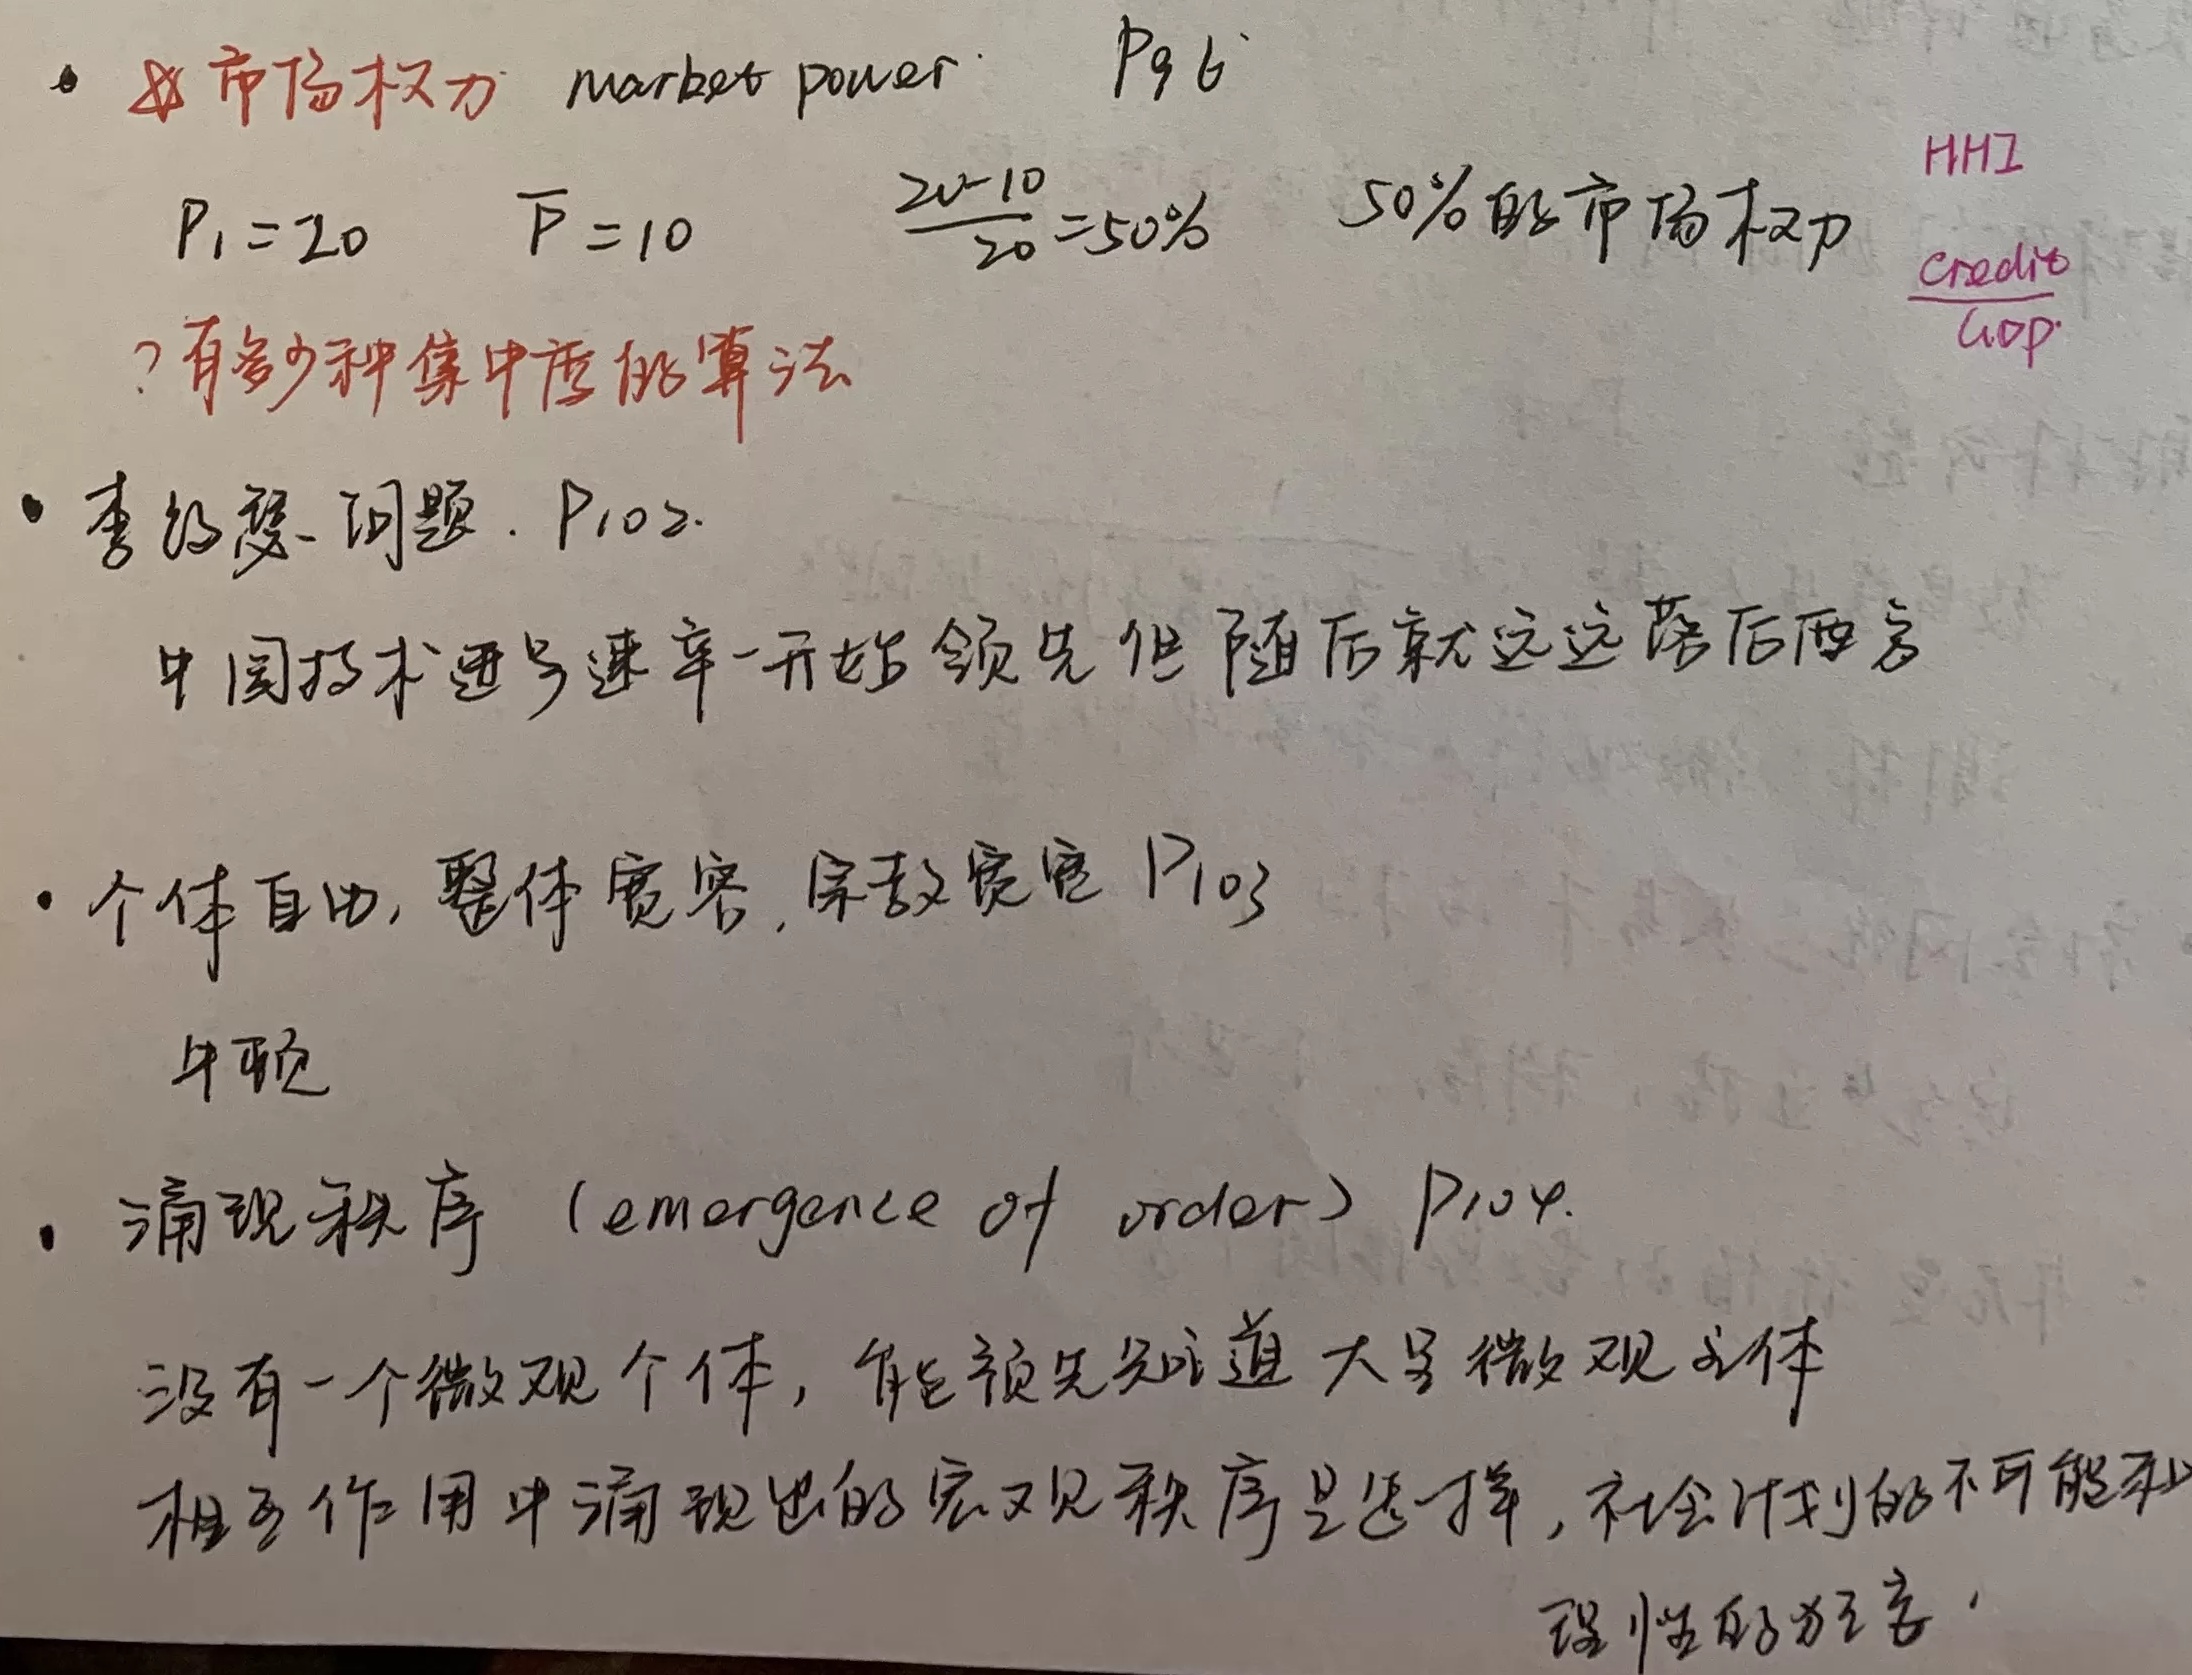
- **市场权力 market power** P96
 - \(P_1 = 20\)，\(\overline{P}=10\)，\(\frac{20 - 10}{20}=50\%\)，50%的市场权力
 - ？有多少种集中度的算法
- **李约瑟问题. P102**
 - 中国技术进步速率一开始领先但随后就远远落后西方
- **个体自由, 整体宽容, 宗教宽容 P103**
 - 午睡
- **涌现秩序 (emergence of order) P104**
 - 没有一个微观个体，能预先知道大量微观个体相互作用中涌现出的宏观秩序是怎样，社会计划的不可能和理性的狂妄
- **HHI**
 - \(\frac{Credit}{GDP}\)